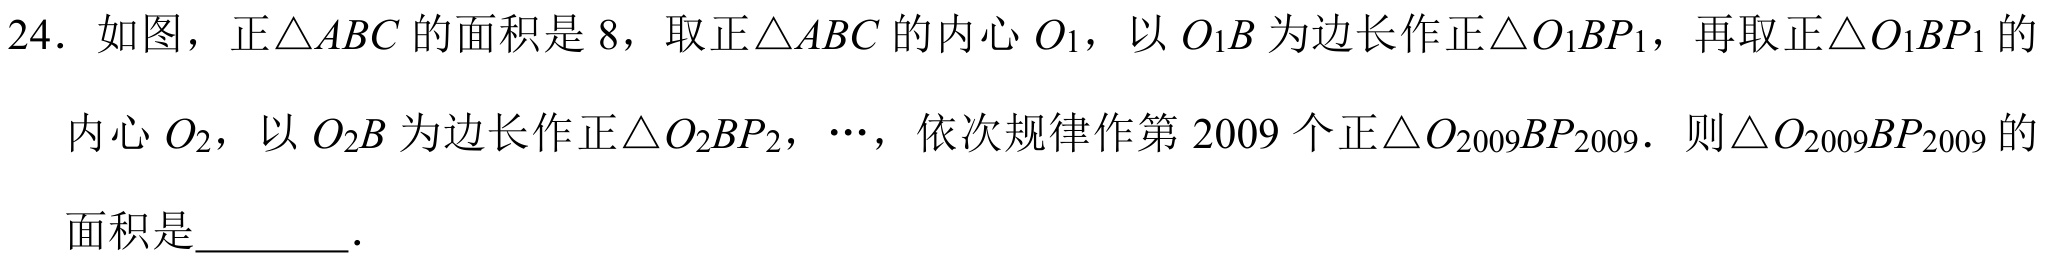
24. 如图，正$\triangle ABC$的面积是 8，取正$\triangle ABC$的内心$O_{1}$，以$O_{1}B$为边长作正$\triangle O_{1}BP_{1}$，再取正$\triangle O_{1}BP_{1}$的
内心$O_{2}$，以$O_{2}B$为边长作正$\triangle O_{2}BP_{2}$，$\cdots$，依次规律作第 2009 个正$\triangle O_{2009}BP_{2009}$．则$\triangle O_{2009}BP_{2009}$的
面积是________．